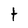
Character: t